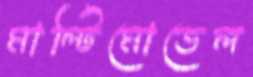
মাল্টিমোডেল